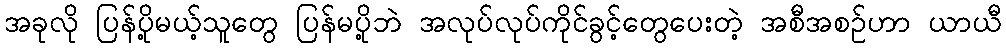
အခုလို ပြန်ပို့မယ့်သူတွေ ပြန်မပို့ဘဲ အလုပ်လုပ်ကိုင်ခွင့်တွေပေးတဲ့ အစီအစဉ်ဟာ ယာယီ